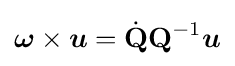
{\boldsymbol {\omega }}\times {\boldsymbol {u}}={\dot {\mathbf {Q} }}\mathbf {Q} ^{-1}{\boldsymbol {u}}